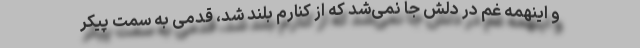
و اینهمه غم در دلش جا نمی‌شد که از کنارم بلند شد، قدمی به سمت پیکر